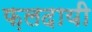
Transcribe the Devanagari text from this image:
फ़लदायी